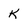
Character: K